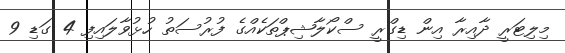
މިލިޓަރީ ދާއިރާ އިން ޑިގްރީ ސްކޯލާޝިޕްތަކެއްގެ ފުރުސަތު ހުޅުވާލައިފި 4 ގަޑި 9